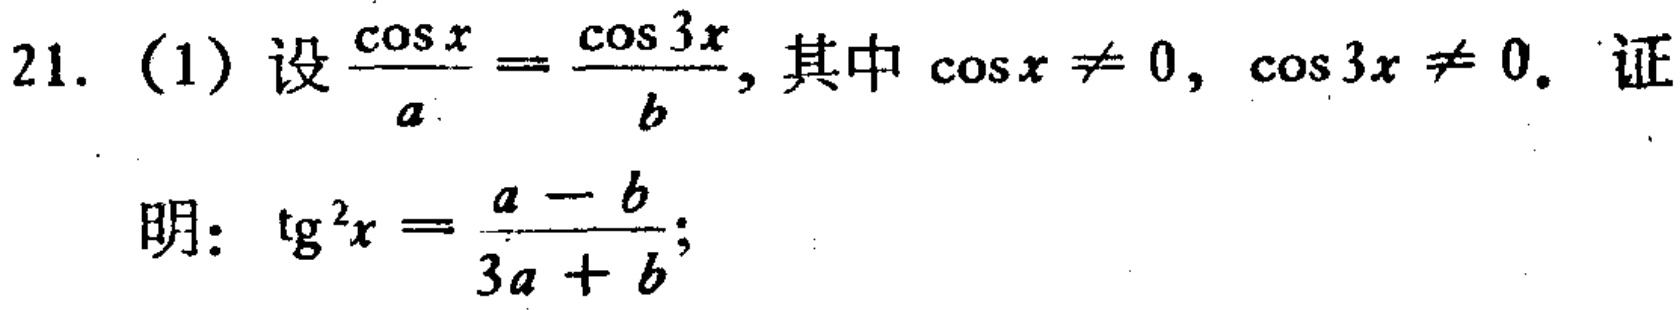
21. (1) 设\(\frac{\cos x}{a}=\frac{\cos 3x}{b}\), 其中\(\cos x\neq 0\), \(\cos 3x\neq 0\). 证

明: \(\text{tg}^{2}x = \frac{a - b}{3a + b}\);